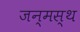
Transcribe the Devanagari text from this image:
जन्मस्थ